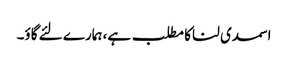
اسمدی لنا کا مطلب ہے، ہمارے لئے گاؤ۔